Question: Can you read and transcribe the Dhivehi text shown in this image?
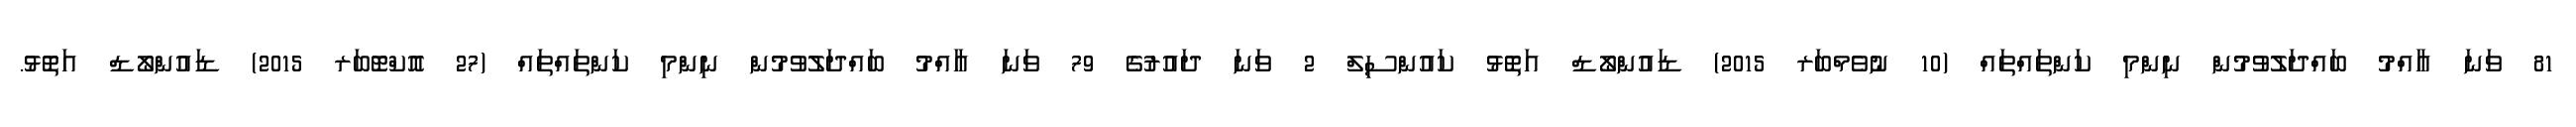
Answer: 81 ވަނަ ޢާއްމު ބައްދަލުވުމުން ނިންމި ކަންތައްތައް (10 ނުވެމްބަރ 2015) ޑައުންލޯޑް އަތޮޅު ކައުންސިލް 2 ވަނަ ދައުރުގެ 79 ވަނަ އާއްމު ބައްދަލުވުމުން ނިންމި ކަންތައްތައް (27 އޮކްޓޮބަރ 2015) ޑައުންލޯޑް އަތޮޅު.